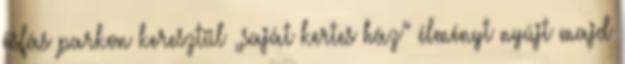
ősfás parkon keresztül „saját kertes ház” élményt nyújt majd